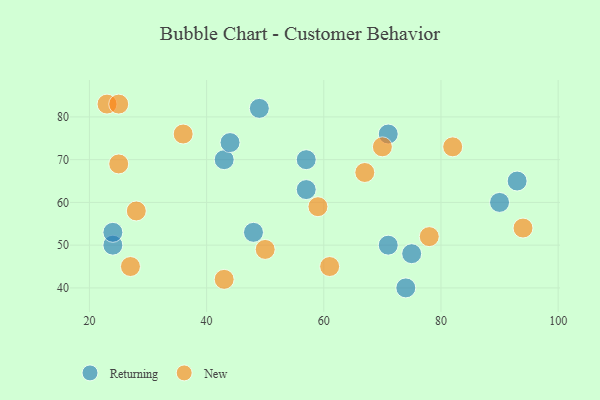
{"axis": {"x": "GDP", "y": "Life Expectancy"}, "legend": ["New", "Returning"], "data": [{"x": "48", "y": 53, "type": "Returning"}, {"x": "49", "y": 82, "type": "Returning"}, {"x": "57", "y": 63, "type": "Returning"}, {"x": "57", "y": 70, "type": "Returning"}, {"x": "24", "y": 50, "type": "Returning"}, {"x": "90", "y": 60, "type": "Returning"}, {"x": "43", "y": 70, "type": "Returning"}, {"x": "24", "y": 53, "type": "Returning"}, {"x": "93", "y": 65, "type": "Returning"}, {"x": "74", "y": 40, "type": "Returning"}, {"x": "71", "y": 76, "type": "Returning"}, {"x": "44", "y": 74, "type": "Returning"}, {"x": "71", "y": 50, "type": "Returning"}, {"x": "75", "y": 48, "type": "Returning"}, {"x": "61", "y": 45, "type": "New"}, {"x": "50", "y": 49, "type": "New"}, {"x": "36", "y": 76, "type": "New"}, {"x": "25", "y": 69, "type": "New"}, {"x": "43", "y": 42, "type": "New"}, {"x": "59", "y": 59, "type": "New"}, {"x": "23", "y": 83, "type": "New"}, {"x": "82", "y": 73, "type": "New"}, {"x": "28", "y": 58, "type": "New"}, {"x": "27", "y": 45, "type": "New"}, {"x": "70", "y": 73, "type": "New"}, {"x": "78", "y": 52, "type": "New"}, {"x": "25", "y": 83, "type": "New"}, {"x": "67", "y": 67, "type": "New"}, {"x": "94", "y": 54, "type": "New"}]}